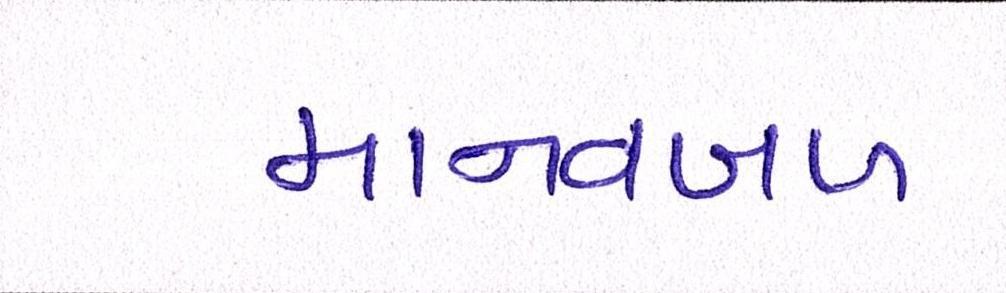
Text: માનવબળ